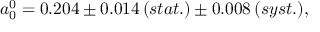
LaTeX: a _ { 0 } ^ { 0 } = 0 . 2 0 4 \pm 0 . 0 1 4 \, ( s t a t . ) \pm 0 . 0 0 8 \, ( s y s t . ) ,